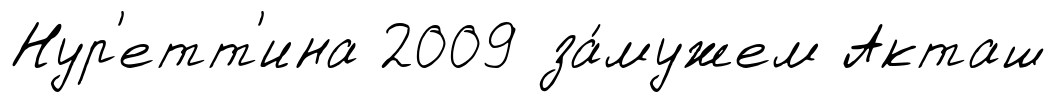
Нур'етт'ина 2009 за́мужем Акташ